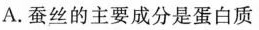
A.蚕丝的主要成分是蛋白质